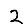
Digit: 2